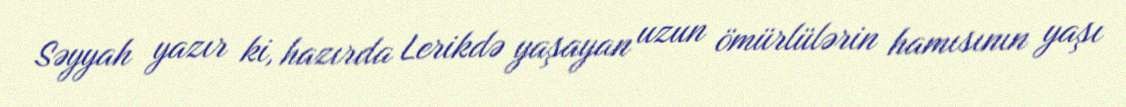
Səyyah yazır ki, hazırda Lerikdə yaşayan uzun ömürlülərin hamısının yaşı